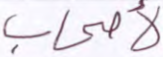
لأصحاب